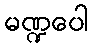
မဏ္ဍပေါ